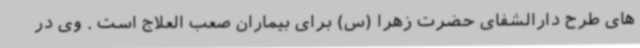
های طرح دارالشفای حضرت زهرا (س) برای بیماران صعب العلاج است . وی در